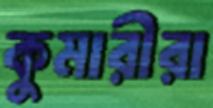
কুমারীরা